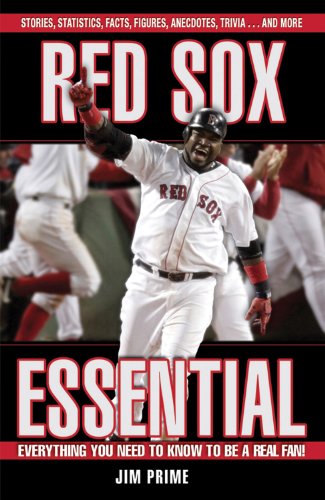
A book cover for Red Sox Essential: Everything You Need to Know to Be a Real Fan!; Jim Prime; Travel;